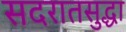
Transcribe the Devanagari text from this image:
सदरातसुद्धा